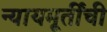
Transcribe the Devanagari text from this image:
न्यायमूर्तींची